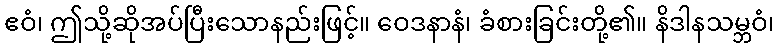
ဧဝံ၊ ဤသို့ဆိုအပ်ပြီးသောနည်းဖြင့်။ ဝေဒနာနံ၊ ခံစားခြင်းတို့၏။ နိဒါနသမ္ဘဝံ၊